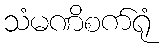
သံမဏိစက်ရုံ